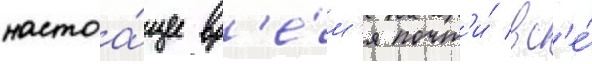
настоа́щее вр'е́м'я почт'и́ вс'е́